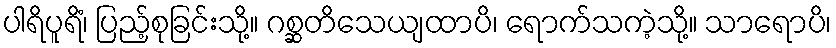
ပါရိပူရိံ၊ ပြည့်စုခြင်းသို့။ ဂစ္ဆတိသေယျထာပိ၊ ရောက်သကဲ့သို့။ သာရောပိ၊